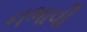
નભાવી